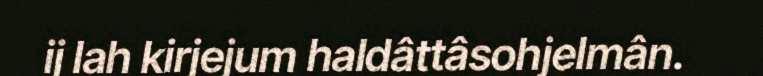
ij lah kirjejum haldâttâsohjelmân.